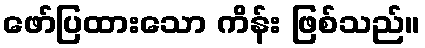
ဖော်ပြထားသော ကိန်း ဖြစ်သည်။